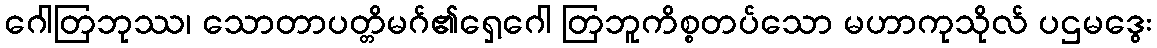
ဂေါတြဘုဿ၊ သောတာပတ္တိမဂ်၏ရှေ့ဂေါ တြဘူကိစ္စတပ်သော မဟာကုသိုလ် ပဌမဒွေး